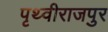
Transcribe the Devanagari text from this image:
पृथ्वीराजपुर